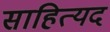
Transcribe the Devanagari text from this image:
साहित्यद